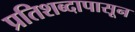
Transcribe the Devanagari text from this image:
प्रतिशब्दापासून